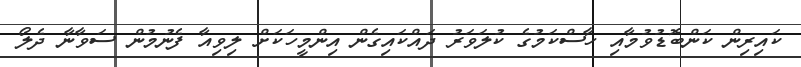
ކައިރިން ކަންބޮޑުވުމާއި ހާސްކަމުގެ ކުލަވަރު ދައްކައިގެން އިންމީހަކަށް ލިވިއާ ފެނުމުން ސަވާނާ ދެލޯ